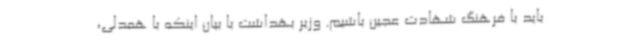
باید با فرهنگ شهادت عجین باشیم. وزیر بهداشت با بیان اینکه با همدلی،